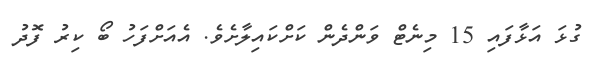
ގުޅަ އަޅާފައި 15 މިނެޓް ވަންދެން ކަށްކައިލާށެވެ. އެއަށްފަހު ބޯ ކިރު ފޮދު